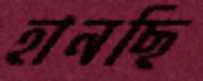
হানছি